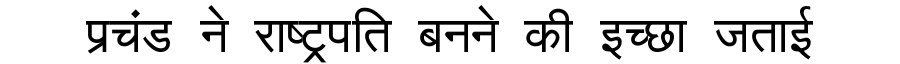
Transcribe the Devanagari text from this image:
प्रचंड ने राष्ट्रपति बनने की इच्छा जताई